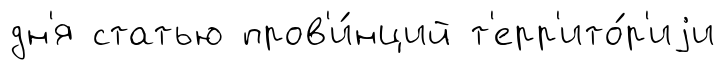
дн'я статью пров'и́нций т'ерр'ито́р'иjи